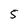
Character: 5